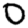
Digit: 0